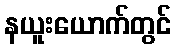
နယူးယောက်တွင်